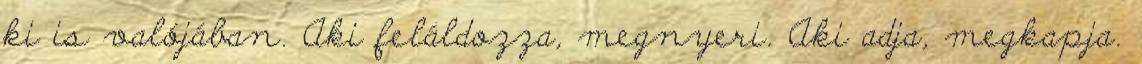
ki is valójában. Aki feláldozza, megnyeri. Aki adja, megkapja.